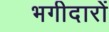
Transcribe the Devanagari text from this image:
भगीदारों